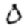
Digit: 0